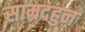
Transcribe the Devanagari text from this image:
साम्रदहुन